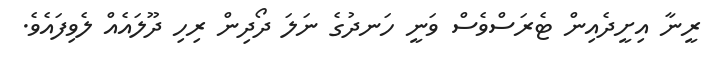
ރީނާ އިށީދެއިން ޓެރަސްވެސް ވަނީ ހަނދުގެ ނަލަ ދޯދިން ރިހި ދޫލައެއް ލެވިފައެވެ.